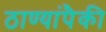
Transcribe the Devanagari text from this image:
ठाण्यांपैकी